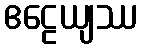
ဧဠေယျဿ